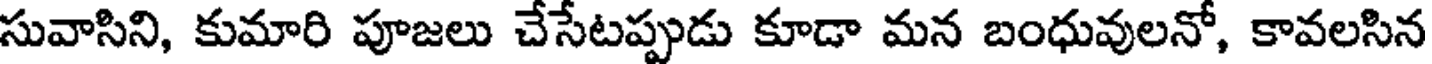
సువాసిని, కుమారి పూజలు చేసేటప్పుడు కూడా మన బంధువులనో, కావలసిన